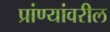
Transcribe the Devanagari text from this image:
प्रांण्यांवरील